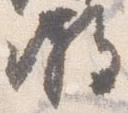
時